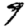
Digit: 9